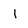
Character: 1